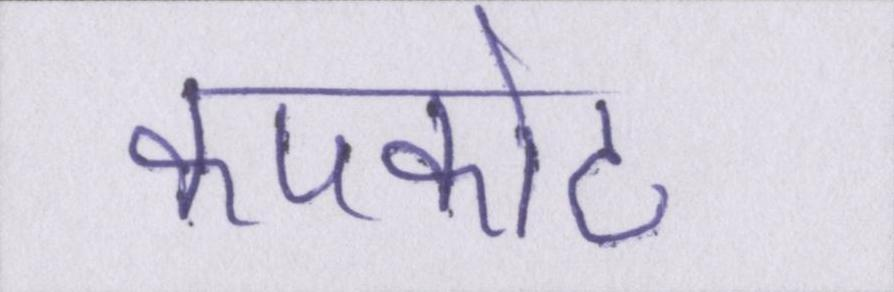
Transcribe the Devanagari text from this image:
कपकोट